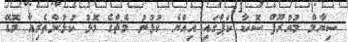
ސިޔާމް މުއުރޫފް ސޮކާ ކަޕްގައި އިއްޔެ ކުޅުނު މެޗްގެ މޮޅު ކުޅުންތެރިއާ މޮޑޭ